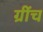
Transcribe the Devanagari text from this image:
ग्रींच